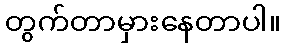
တွက်တာမှားနေတာပါ။